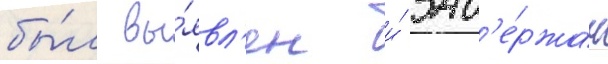
бы́л вы́явл'ен и́ зад'е́ржан